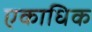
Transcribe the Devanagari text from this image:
एकाधिक